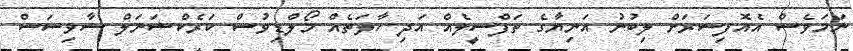
ނަމަވެސް އެއޮފިސަރަށް ލިބުނު އަނިޔާގެ ތަފްސީލެއް އަދި ހާލަތެއް މޯލްޑިވުސް ކަރެކްޝަނަލް ސާވިސަސް